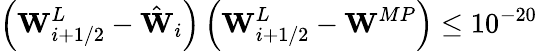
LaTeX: \left(\mathbf{W}_{i+1/2}^{L}-\hat{\mathbf{W}}_{i}\right)\left(\mathbf{W}_{i+1/2}^{L}-\mathbf{W}^{MP}\right)\leq 10^{-20}